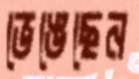
ভেঙেছেন